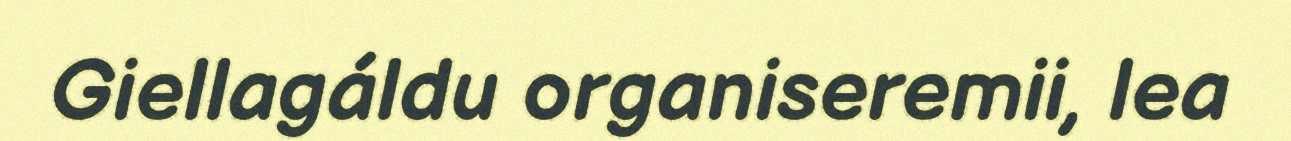
Giellagáldu organiseremii, lea